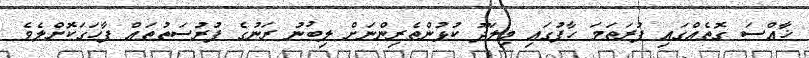
ޚާއްސަ ގޮތެއްގައި ފުރަތަމަ ހާފުގައި މިލަދޫ ކުޅުންތެރިންނަށް ލިބުނު ރަނުގެ ފުރުސަތުތައް ފާހަގަކޮށްލެވެ